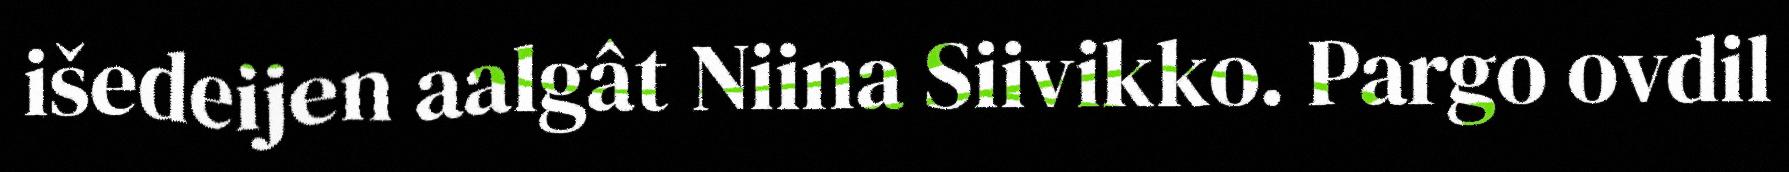
išedeijen aalgât Niina Siivikko. Pargo ovdil